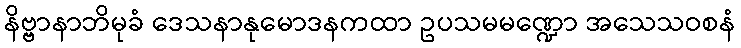
နိဗ္ဗာနာဘိမုခံ ဒေသနာနုမောဒနကထာ ဥပသမမဏ္ဍော အသေသဝစနံ